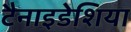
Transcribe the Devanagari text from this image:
टैनाइडेशिया